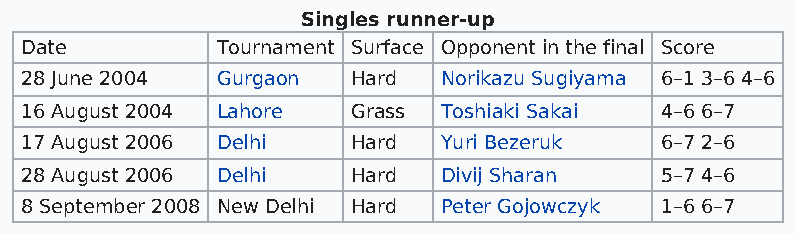
Singles runner-up
 Date         Tournament Surface Opponent in the final Score
 28 June 2004 Gurgaon  Hard  Norikazu Sugiyama 6–1 3–6 4–6
 16 August 2004 Lahore Grass Toshiaki Sakai 4–6 6–7
 17 August 2006 Delhi  Hard  Yuri Bezeruk   6–7 2–6
 28 August 2006 Delhi  Hard  Divij Sharan   5–7 4–6
 8 September 2008 New Delhi Hard Peter Gojowczyk 1–6 6–7